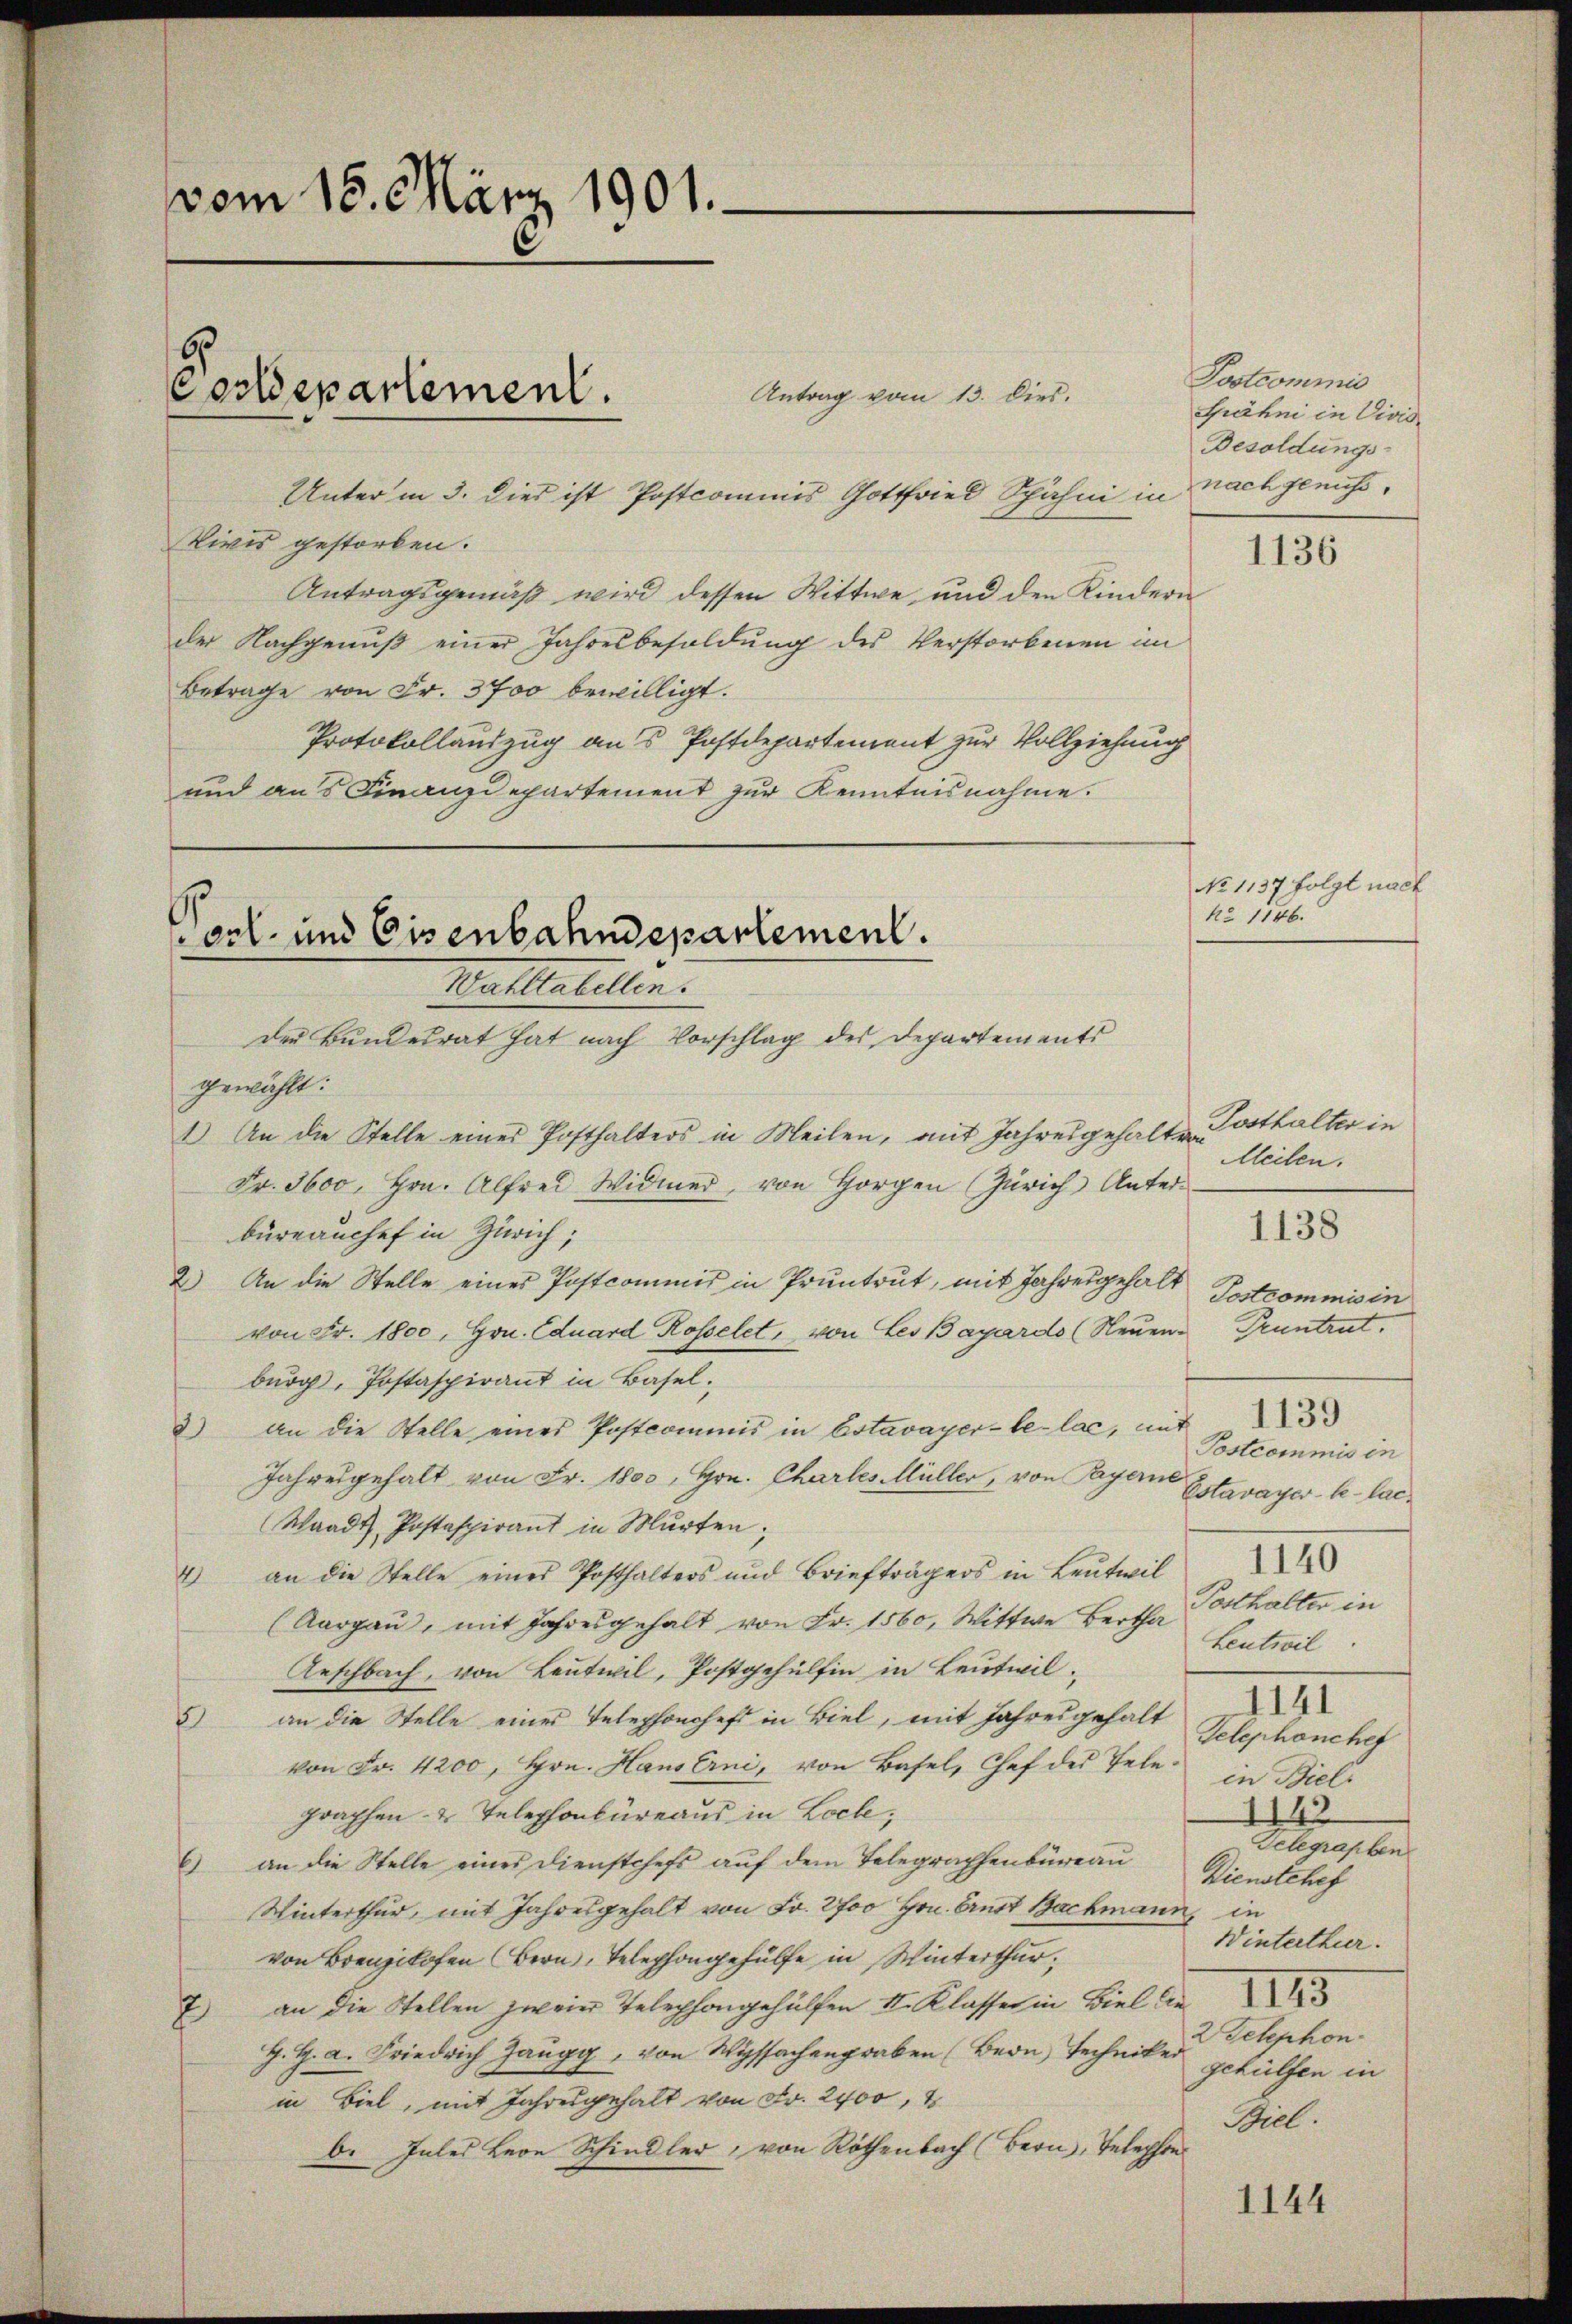
vom 15. März 1901.

Antrag vom 13. Dies.
Unter in 3. dies ist Postcommis Gottfried Spähni in
Vivis gestorben.
Antragsgemäß wird dessen Wittwe, und den Kindern
der Nachgenuß einer Jahresbesoldung des Verstorbenen im
Betrage von Fr. 3700 bewilligt.
Protokollauszug aus Postdepartement zur Vollziehung
und aus Finanzdepartement zur Kenntnisnahme.

5
Postdepartement.

arl- und Eisenbahndepartement.
Wallentellen.
der Bundesrat hat nach Vorschlag des Departements

gewählt:
1) An die Stelle eines Posthalters in Meilen, mit Jahresgehalt von
Fr. 5600, Hrn. Alfrei Widmer, von Horgen (Zürich Unterbüreauchef in Zürich;
2
An die Stelle eines Postcommis in Pruntrut, mit Jahresgehalt
von Fr. 1800, Hrn. Eduard Rosselet, von Les Bayardo (Neuen Pruntrutburg, Postaspirant in Basel.
2) an die Stelle eines Postcommis in Estavayer-le-lac, mit
Jahresgehalt von Fr. 1800, Hrn. Chartes Müller, von Payerne
Waadt, Postaspirant in Murten;
4 an die Stelle eines Posthalters und Briefträgers in Leŭtwil
Posthalter in
(Aargaŭ, mit Jahresgehalt von Fr. 1560, Wittwe Bertha Leutwil
Anschbach, von Leutwil, Postgehülfen in Leutwil¬
1141
5) an die Stelle eines Telephonchefs in Biel, mit Jahresgehalt
Telephonchef
von Fr. 4200, Hrn. Hauserni, von Basel, Chef des Tele in Bieli
graphen- & Telephonbüreaus in Loche;
1143
Telegraphen
6) an die Stelle eines Dienstchefs auf dem Telegraphenbüreau
Dienstehef
Winterthur, mit Jahresgehalt von Fr. 2700 Hrn. Ernst Bachmann, in
Winterthier.
von Brenzikofen Bern, Telephongehülfe in Winterthur
IIII
7) an die Stellen zweier Telephongehülfen II. Klasser in Biel An¬
2Telephon.
G. H. a. Friedrich Zangg, von Wyssachengraben (Bern, Techniker
gehülfen in
in Biel, mit Jahresgehalt von Fr. 2400, 1
Biel.
b. Intes Herr Schindler, von Röthenbach (Bern, Telephon

Postcommis
Grähni in Vivis.
Besoldungs-
nach genuss.

1136

No 1137 folgt nach
No 1146.

Posthalter in
Meilen.
Postcommis in
1139
Postcommis in
Estavayer-le-lac¬
1140

1144

1138